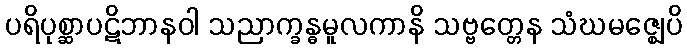
ပရိပုစ္ဆာပဋိဘာနဝါ သညာက္ခန္ဓမူလကာနိ သဗ္ဗတ္တေန သံဃမဇ္ဈေပိ